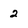
Character: 2